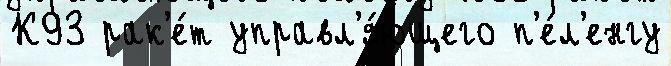
К93 рак'е́т управл'я́ющего п'е́л'енгу